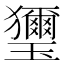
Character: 𤫏